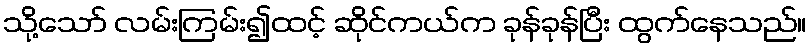
သို့သော် လမ်းကြမ်း၍ထင့် ဆိုင်ကယ်က ခုန်ခုန်ပြီး ထွက်နေသည်။